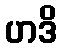
ဟဒိ